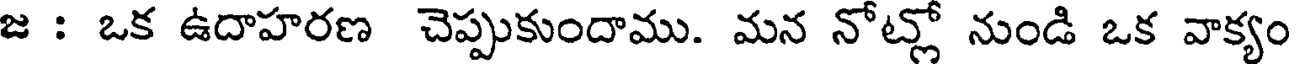
జ : ఒక ఉదాహరణ చెప్పుకుందాము. మన నోట్లో నుండి ఒక వాక్యం